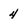
Character: 4